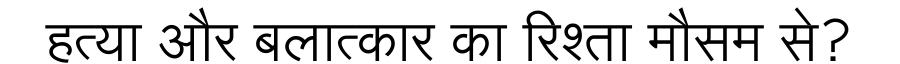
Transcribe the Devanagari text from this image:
हत्या और बलात्कार का रिश्ता मौसम से?